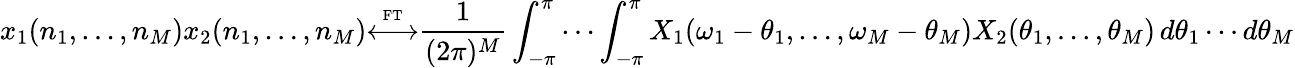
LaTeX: x_{1}(n_{1},\ldots,n_{M})x_{2}(n_{1},\ldots,n_{M}){\overset{\underset{\mathrm{FT}}{}}{\longleftrightarrow}}{\frac{1}{(2\pi)^{M}}}\int_{-\pi}^{\pi}\cdots\int_{-\pi}^{\pi}X_{1}(\omega_{1}-\theta_{1},\ldots,\omega_{M}-\theta_{M})X_{2}(\theta_{1},\ldots,\theta_{M})\, d\theta_{1}\cdots d\theta_{M}